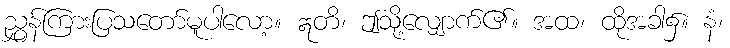
ညွှန်ကြားပြသတော်မူပါလော့။ ဣတိ၊ ဤသို့လျှောက်၏။ အထ၊ ထိုအခါ၌။ နံ၊